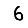
Digit: 6